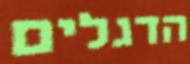
הדגלים